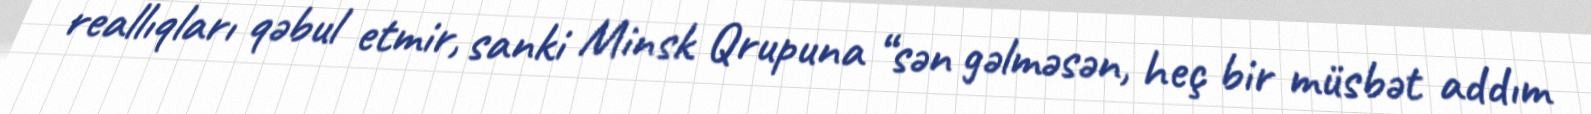
reallıqları qəbul etmir, sanki Minsk Qrupuna “sən gəlməsən, heç bir müsbət addım